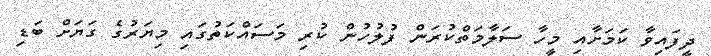
ދީފައިވާ ކަމަށާއި މީހާ ސަލާމަތްކުރަން ފުލުހުން ކުރި މަސައްކަތުގައި މިޔަރުގެ ގަޔަށް ބަޑި